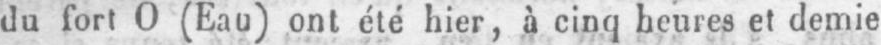
du fort O (Eau) ont été hier, à cinq bernes et demie